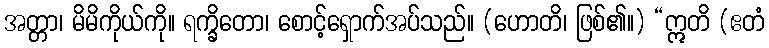
အတ္တာ၊ မိမိကိုယ်ကို။ ရက္ခိတော၊ စောင့်ရှောက်အပ်သည်။ (ဟောတိ၊ ဖြစ်၏။) “ဣတိ (ဧတံ